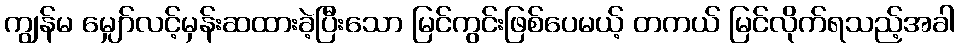
ကျွန်မ မျှော်လင့်မှန်းဆထားခဲ့ပြီးသော မြင်ကွင်းဖြစ်ပေမယ့် တကယ် မြင်လိုက်ရသည့်အခါ